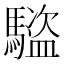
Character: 𬳰